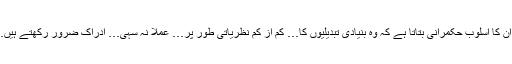
اس لئے کہ وہ خلوص کا جذبہ رکھتے ہیں اور ان کا اسلوبِ حکمرانی بتاتا ہے کہ وہ بنیادی تبدیلیوں کا… کم از کم نظریاتی طور پر… عملاً نہ سہی… ادراک ضرور رکھتے ہیں… اور فی الواقع کچھ کر کے دکھانا چاہتے ہیں۔